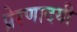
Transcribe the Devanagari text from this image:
प्रेरणादयी